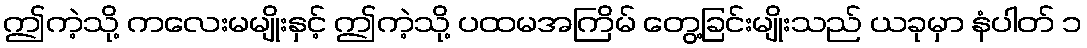
ဤကဲ့သို့ ကလေးမမျိုးနှင့် ဤကဲ့သို့ ပထမအကြိမ် တွေ့ခြင်းမျိုးသည် ယခုမှာ နံပါတ် ၁